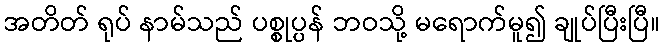
အတိတ် ရုပ် နာမ်သည် ပစ္စုပ္ပန် ဘဝသို့ မရောက်မူ၍ ချုပ်ပြီးပြီ။